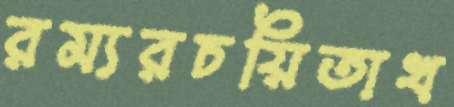
রম্যরচয়িতাখ